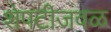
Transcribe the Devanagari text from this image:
शेपटीजवळ